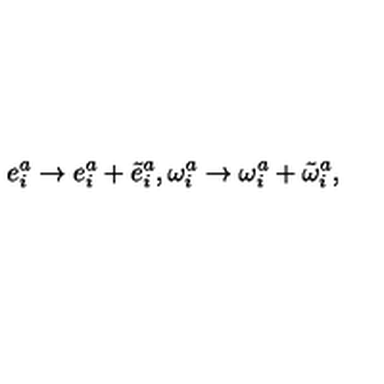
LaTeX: e _ { i } ^ { a } \rightarrow e _ { i } ^ { a } + \tilde { e } _ { i } ^ { a } , \omega _ { i } ^ { a } \rightarrow \omega _ { i } ^ { a } + \tilde { \omega } _ { i } ^ { a } ,